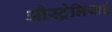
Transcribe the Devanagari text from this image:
औस्ट्रेलियाई